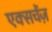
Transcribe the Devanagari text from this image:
एक्सचेंज़